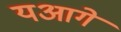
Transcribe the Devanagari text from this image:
यआगे